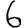
Digit: 6